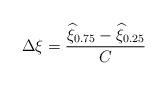
LaTeX: \begin{align*}\Delta \xi =\dfrac{\widehat{\xi }_{0.75}-\widehat{\xi }_{0.25}}{C}\end{align*}